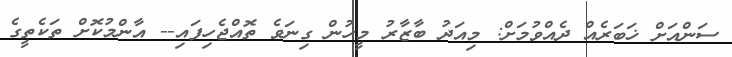
ސަންއަށް ޚަބަރެއް ދެއްވުމަށް: މިއަދު ބާޒާރު މީހުން ގިނަވެ ތޮއްޖެހިފައި-- އާންމުކޮށް ތަކެތީގެ